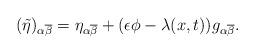
LaTeX: \begin{align*}(\tilde\eta)_{\alpha\overline\beta} = \eta_{\alpha\overline\beta}+(\epsilon\phi-\lambda(x, t)) g_{\alpha\overline\beta}.\end{align*}